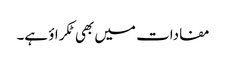
مفادات میں بھی ٹکراؤ ہے۔